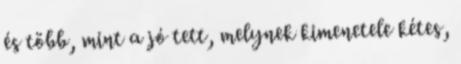
és több, mint a jó tett, melynek kimenetele kétes,